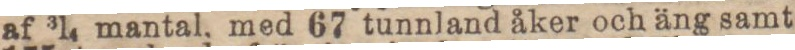
af 3/4 mantal, med 67 tunnland åker och äng samt